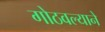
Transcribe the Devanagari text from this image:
गोठवल्याने